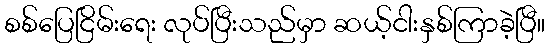
စစ်ပြေငြိမ်းရေး လုပ်ပြီးသည်မှာ ဆယ့်ငါးနှစ်ကြာခဲ့ပြီ။